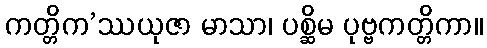
ကတ္တိက’ဿယုဇာ မာသာ၊ ပစ္ဆိမ ပုဗ္ဗကတ္တိကာ။